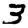
Digit: 3